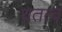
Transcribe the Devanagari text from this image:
घतत्व